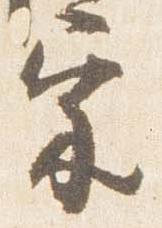
宗